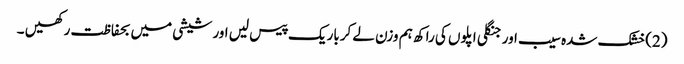
(2)خشک شدہ سیب اور جنگلی اپلوں کی راکھ ہم وزن لے کرباریک پیس لیں اور شیشی میں بحفاظت رکھیں ۔